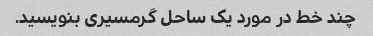
چند خط در مورد یک ساحل گرمسیری بنویسید.